Laimjala_vallavalitsus, lk 29
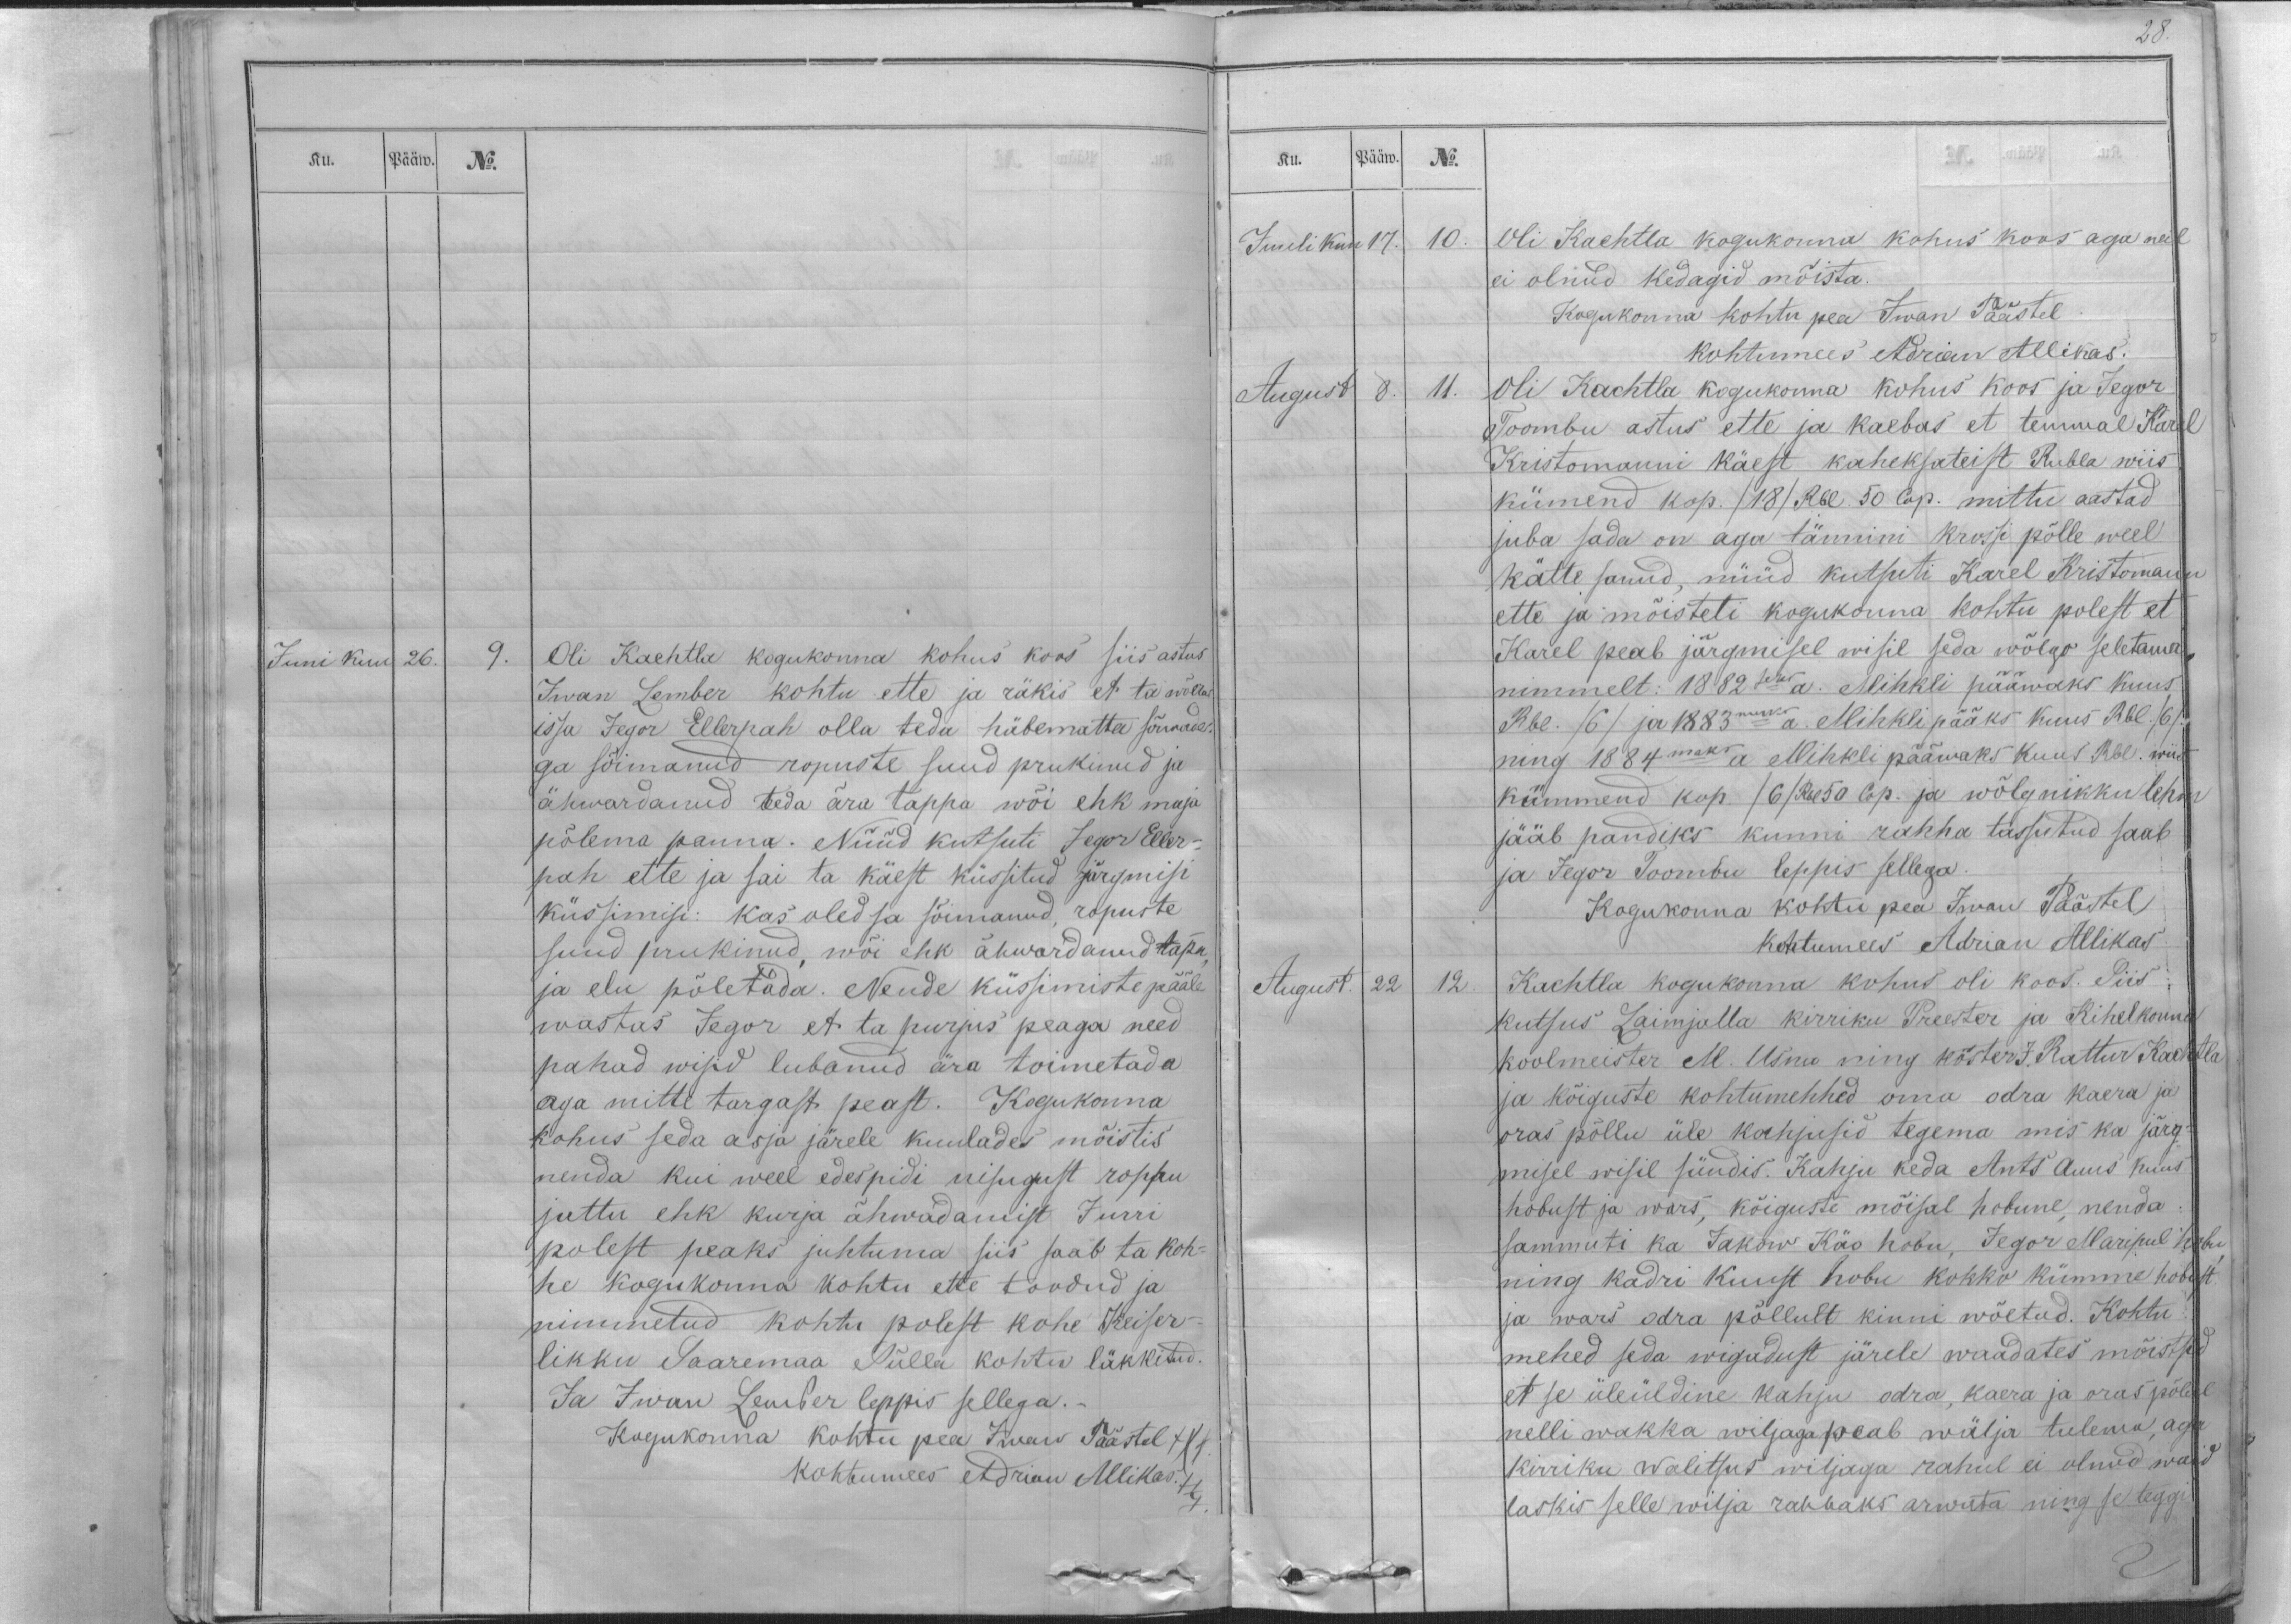
Ku.
Pääw.
No.
Juni kuu
26.
9.
Oli Kachtla kogukonna kohus koos siis astus
Iwan Lember kohtu ette ja räkis et ta wõeras
issa Jegor Ellerpah olla teda häbematta sõnnade-
ga sõimanud ropuste suud prukinud ja
ähwardanud teda ära tappa wõi ehk maja
põlema panna. Nüüd kutsuti Jegor Eller-
pah ette ja sai ta käest küssitud järgmisi
küssimisi: kas oled sa sõimanud, ropuste
suud prukinud, wõi ehk ähwardanud tappa,
ja elu põletada. Nende küssimiste pääle
wastas Jegor et ta purjus peaga need
pahad wisid lubanud ära toimetada
aga mitte targast peast. Kogukonna
kohus seda asja järele kuulades mõistis
nenda kui weel edespidi nisugust roppu
juttu ehk kurja ähwadamist Jurri
polest peaks juhtuma siis saab ta koh-
he kogukonna kohtu ette toodud ja
nimmetud kohtu polest kohe Keiser-
likku Saaremaa Sülla kohtu läkkitud.
Ja Iwan Lember leppis sellega.-
Kogukonna kohtu pea Iwan Päästel XXX.
kohtumees Adrian Allikas. XXX.

Ku.
Pääw.
No.
Juuli kuu
17.
10.
Oli Kachtla kogukonna kohus koos aga neil
ei olnud kedagid mõista.
Kogukonna kohtu pea Iwan Päästel.
kohtumees Adrian Allikas.
August
8.
11.
Oli Kachtla kogukonna kohus koos ja Jegor
Toombu astus ette ja kaebas et temmal Karel
Kristomanni käest kaheksateist Rubla wiis
kümend kop. /18/ Rbl. 50 Cop. mittu aastad
juba sada on aga tännini krossi põlle weel
kätte sanud, nüüd kutsuti Karel Kristomann
ette ja mõisteti kogukonna kohtu polest et
Karel peab järgmisel wisil seda wõlgo seletama,
nimmelt: 1882seks a. Mihkli pääwaks kuus
Rbl. /6/ ja 1883maks a. Mihkli pääks kuus Rbl. /6/.
ning 1884maks a Mihkli pääwaks kuus Rbl. wiis
kümmend kop. /6/ Rbl 50 Cop. ja wõlgnikku lehm
jääb pandiks kunni rahha tassutud saab
ja Jegor Toombu leppis sellega.
Kogukonna kohtu pea Iwan Päästel
kohtumees Adrian Allikas
August
22
12.
Kachtla kogukonna kohus oli koos. Siis
kutsus Laimjalla kirriku Preester ja Kihelkonna
koolmeister M. Usna ning köster J. Rattur Kachtla
ja kõiguste kohtumehhed oma odra kaera ja
oras põllu üle kahjusid tegema mis ka järg-
misel wisil sündis. Kahju keda Ants Auus kuus
hobust ja wars, kõiguste mõisal hobune, nenda
sammuti ka Jakow Käo hobu, Jegor Maripul hobu,
ning Kadri Kuust hobu kokko kümme hobost
ja wars odra põllult kinni wõetud. Kohtu
mehed seda wigadust järele waadates mõistsid
et se üleüldine kahju odra, kaera ja oras põlul
nelli wakka wiljaga peab wälja tulema, aga
kirriku Walitsus wiljaga rahul ei olnud waid
laskis selle wilja rahhaks arwata ning se teggi